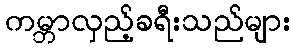
ကမ္ဘာလှည့်ခရီးသည်များ